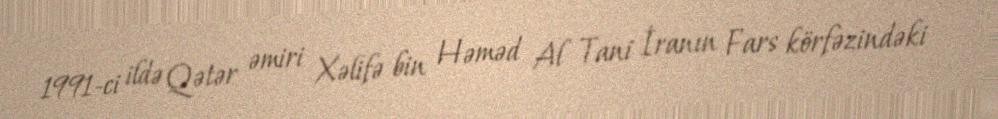
1991-ci ildə Qətər əmiri Xəlifə bin Həməd Al Tani İranın Fars körfəzindəki